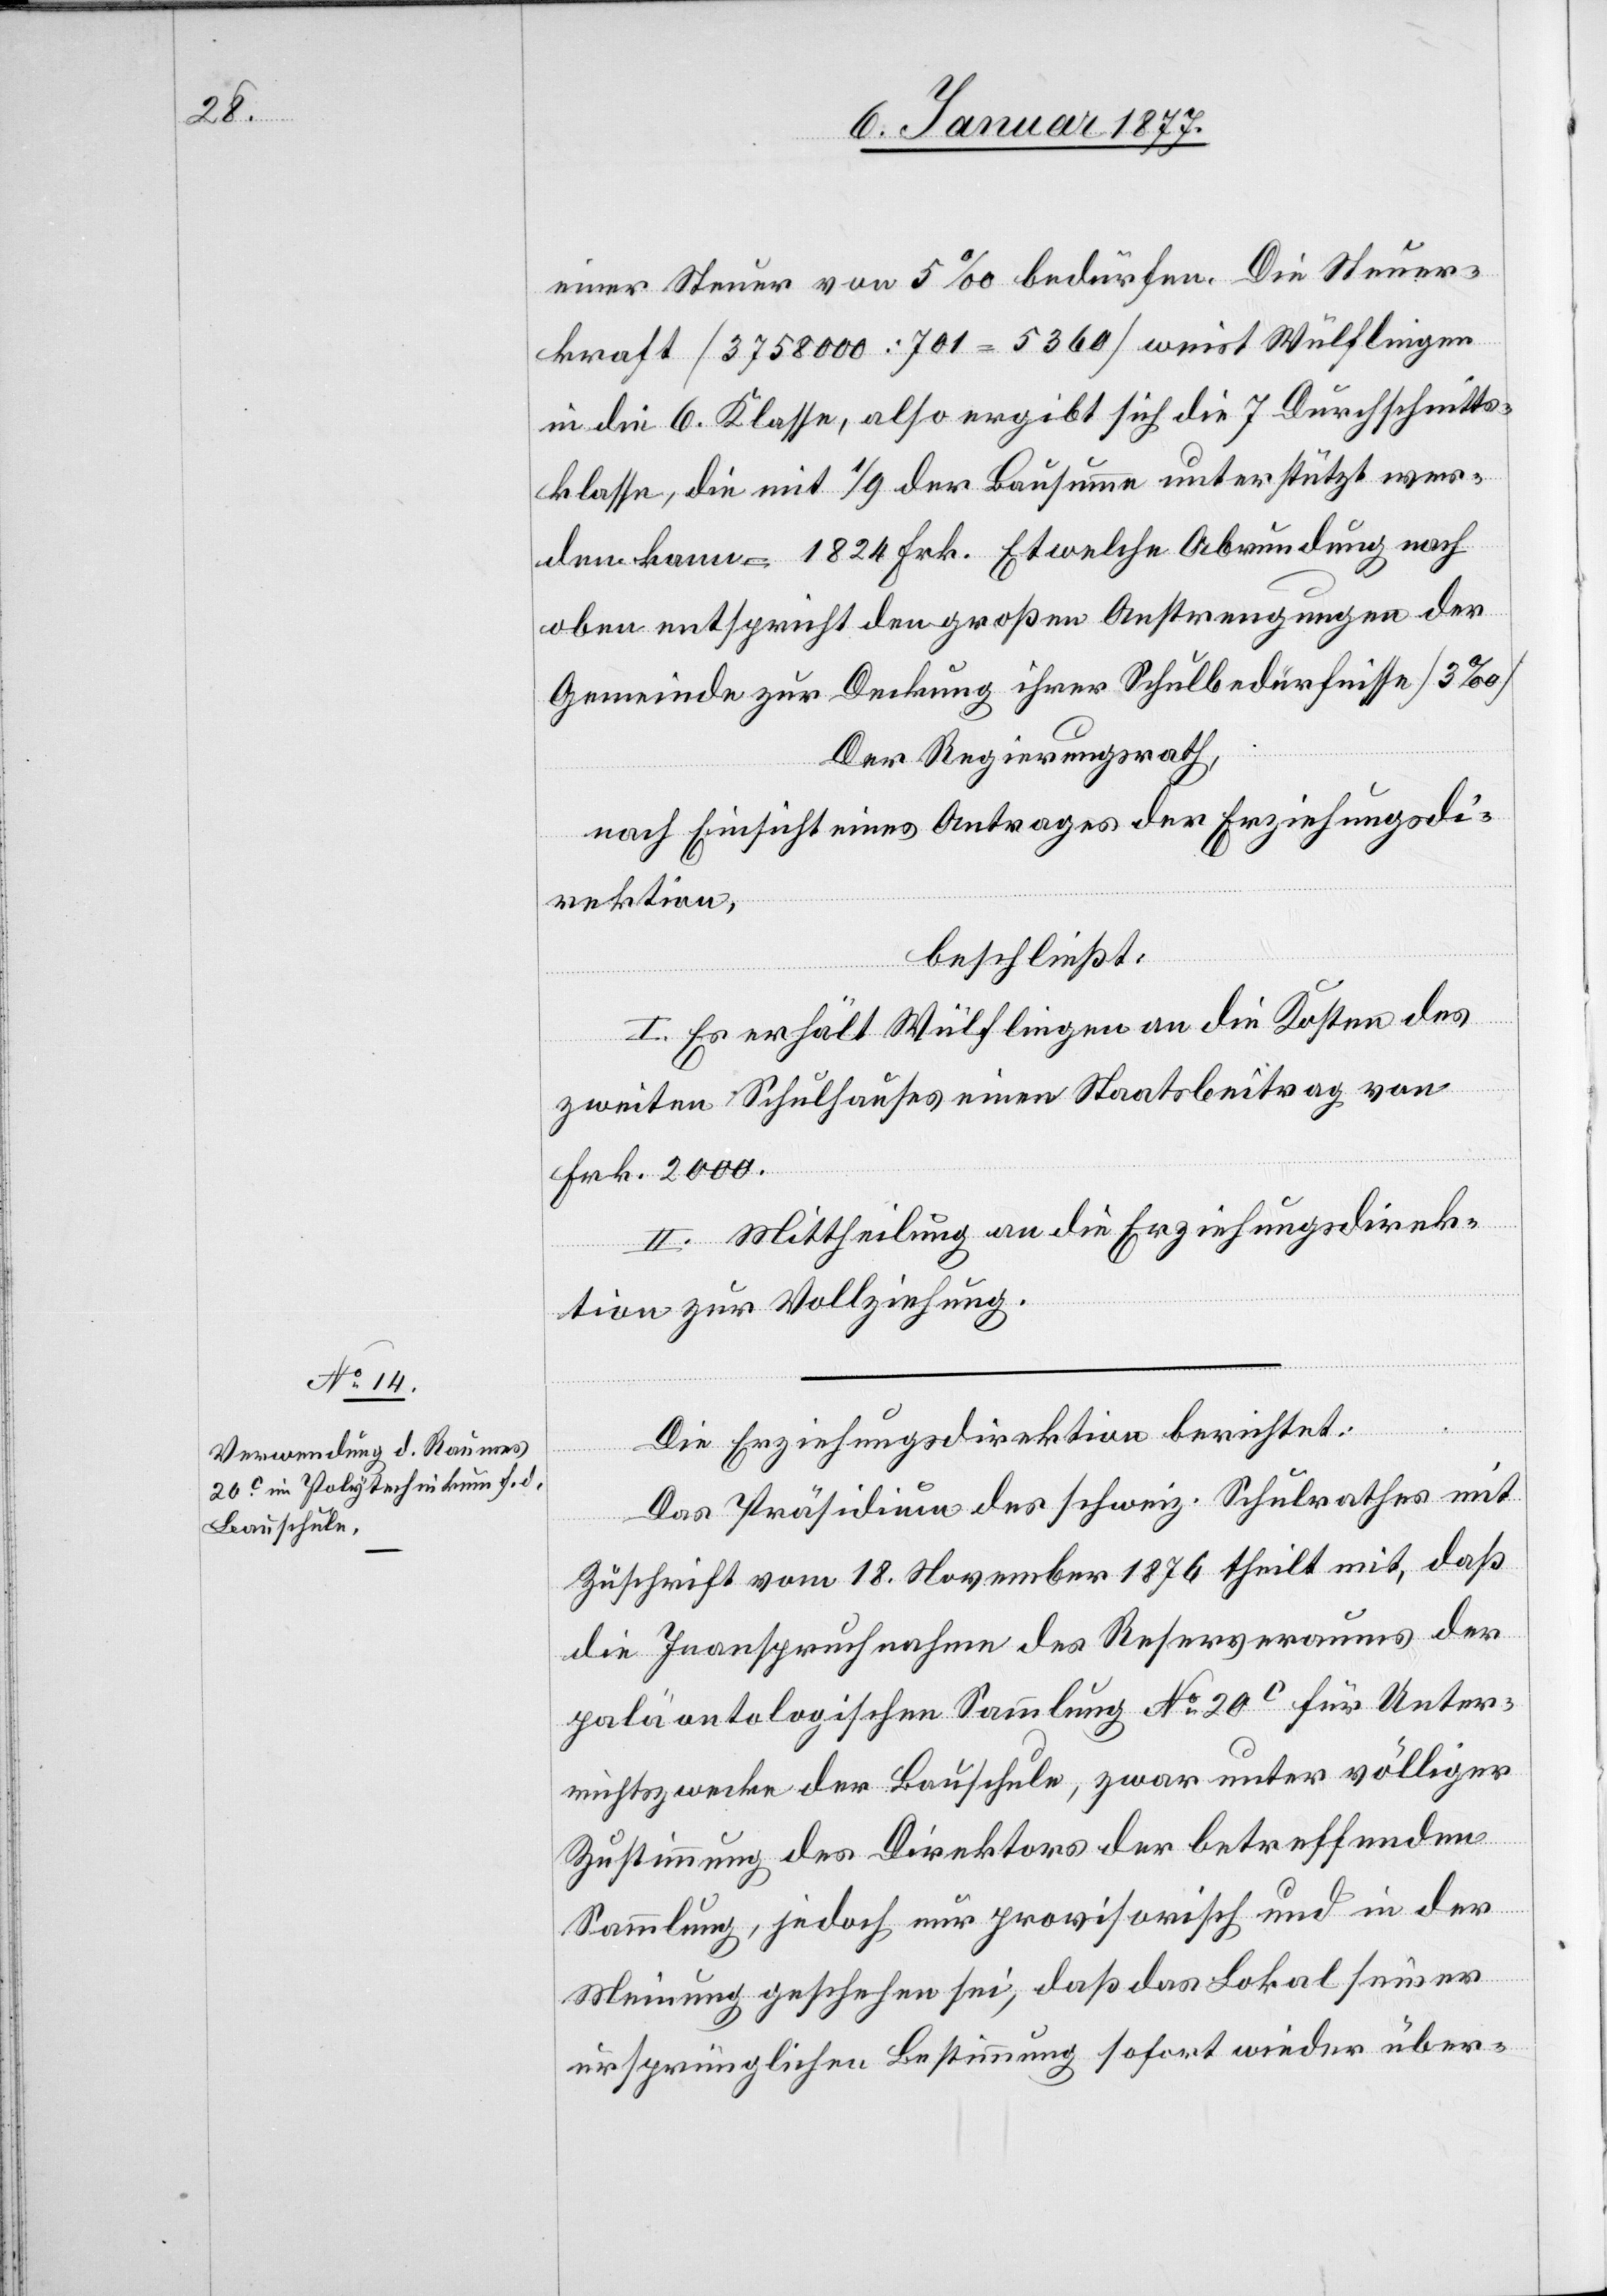
einer Steuer von 5‰ bedürfen. Die Steuer¬
kraft [3,758,000 : 701 = 5360] weist Wülflingen
in die 6. Klasse, also ergibt sich die 7 Durchschnitts¬
klasse, die mit 1/9 der Bausumme unterstützt wer¬
den kann = 1824 Frk. Etwelche Abrundung nach
oben entspricht den großen Anstrengungen der
Gemeinde zur Deckung ihrer Schulbedürfnisse [3‰].
Der Regierungsrath
nach Einsicht eines Antrages der Erziehungsdi¬
rektion,
beschließt:
I. Es erhält Wülflingen an die Kosten des
zweiten Schulhauses einen Staatsbeitrag von
Frk. 2400.
II. Mittheilung an die Erziehungsdirek¬
tion zur Vollziehung.
Die Erziehungsdirektion berichtet:
Das Präsidium des schweiz. Schulrathes mit
Zuschrift vom 18. November 1876 theilt mit, daß
die Inanspruchnahme des Reserveraumes der
paläontologischen Sammlung No 20c für Unter¬
richtszwecke der Bauschule, zwar unter völliger
Zustimmung des Direktors der betreffenden
Sammlung, jedoch nur provisorisch und in der
Meinung geschehen sei, daß das Lokal seiner
ursprünglichen Bestimmung sofort wieder über-